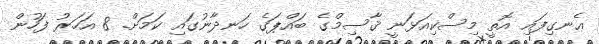
ޢެނގިފައި އޮތީ މިސްކިއަޅަނީ ޤާސިމްގެ ބައްޕަގެ ހަނދާނުގައި ކަމަށް. 8 އަހަރު ފަހުން